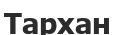
Тархан